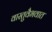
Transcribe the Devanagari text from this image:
वास्तुवैभवात